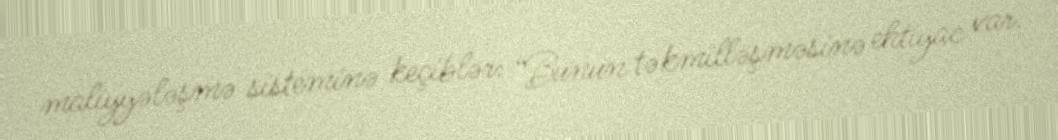
maliyyələşmə sisteminə keçiblər: “Bunun təkmilləşməsinə ehtiyac var.